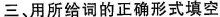
三、用所给词的正确形式填空